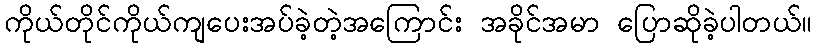
ကိုယ်တိုင်ကိုယ်ကျပေးအပ်ခဲ့တဲ့အကြောင်း အခိုင်အမာ ပြောဆိုခဲ့ပါတယ်။